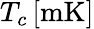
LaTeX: T_{c}\, [\mathrm{mK}]